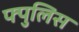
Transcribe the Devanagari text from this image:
फ्पुलिस